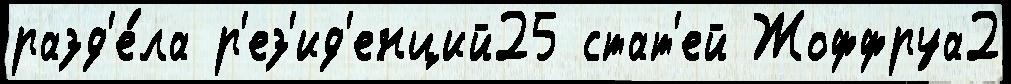
разд'е́ла р'ез'ид'енций25 стат'ей Жоффруа2